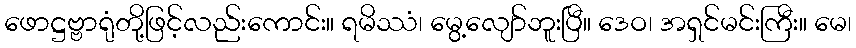
ဖောဋ္ဌဗ္ဗာရုံတို့ဖြင့်လည်းကောင်း။ ရမိဿံ၊ မွေ့လျော်ဘူးပြီ။ ဒေဝ၊ အရှင်မင်းကြီး။ မေ၊